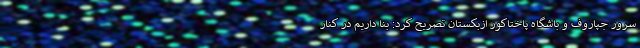
سرور جپاروف و باشگاه پاختاکور ازبکستان تصریح کرد: بنا داریم در کنار